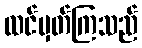
ထင်မှတ်ကြသည်